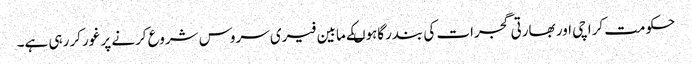
حکومت کراچی اور بھارتی گجرات کی بندرگاہوںکے مابین فیری سروس شروع کرنے پر غورکر رہی ہے۔